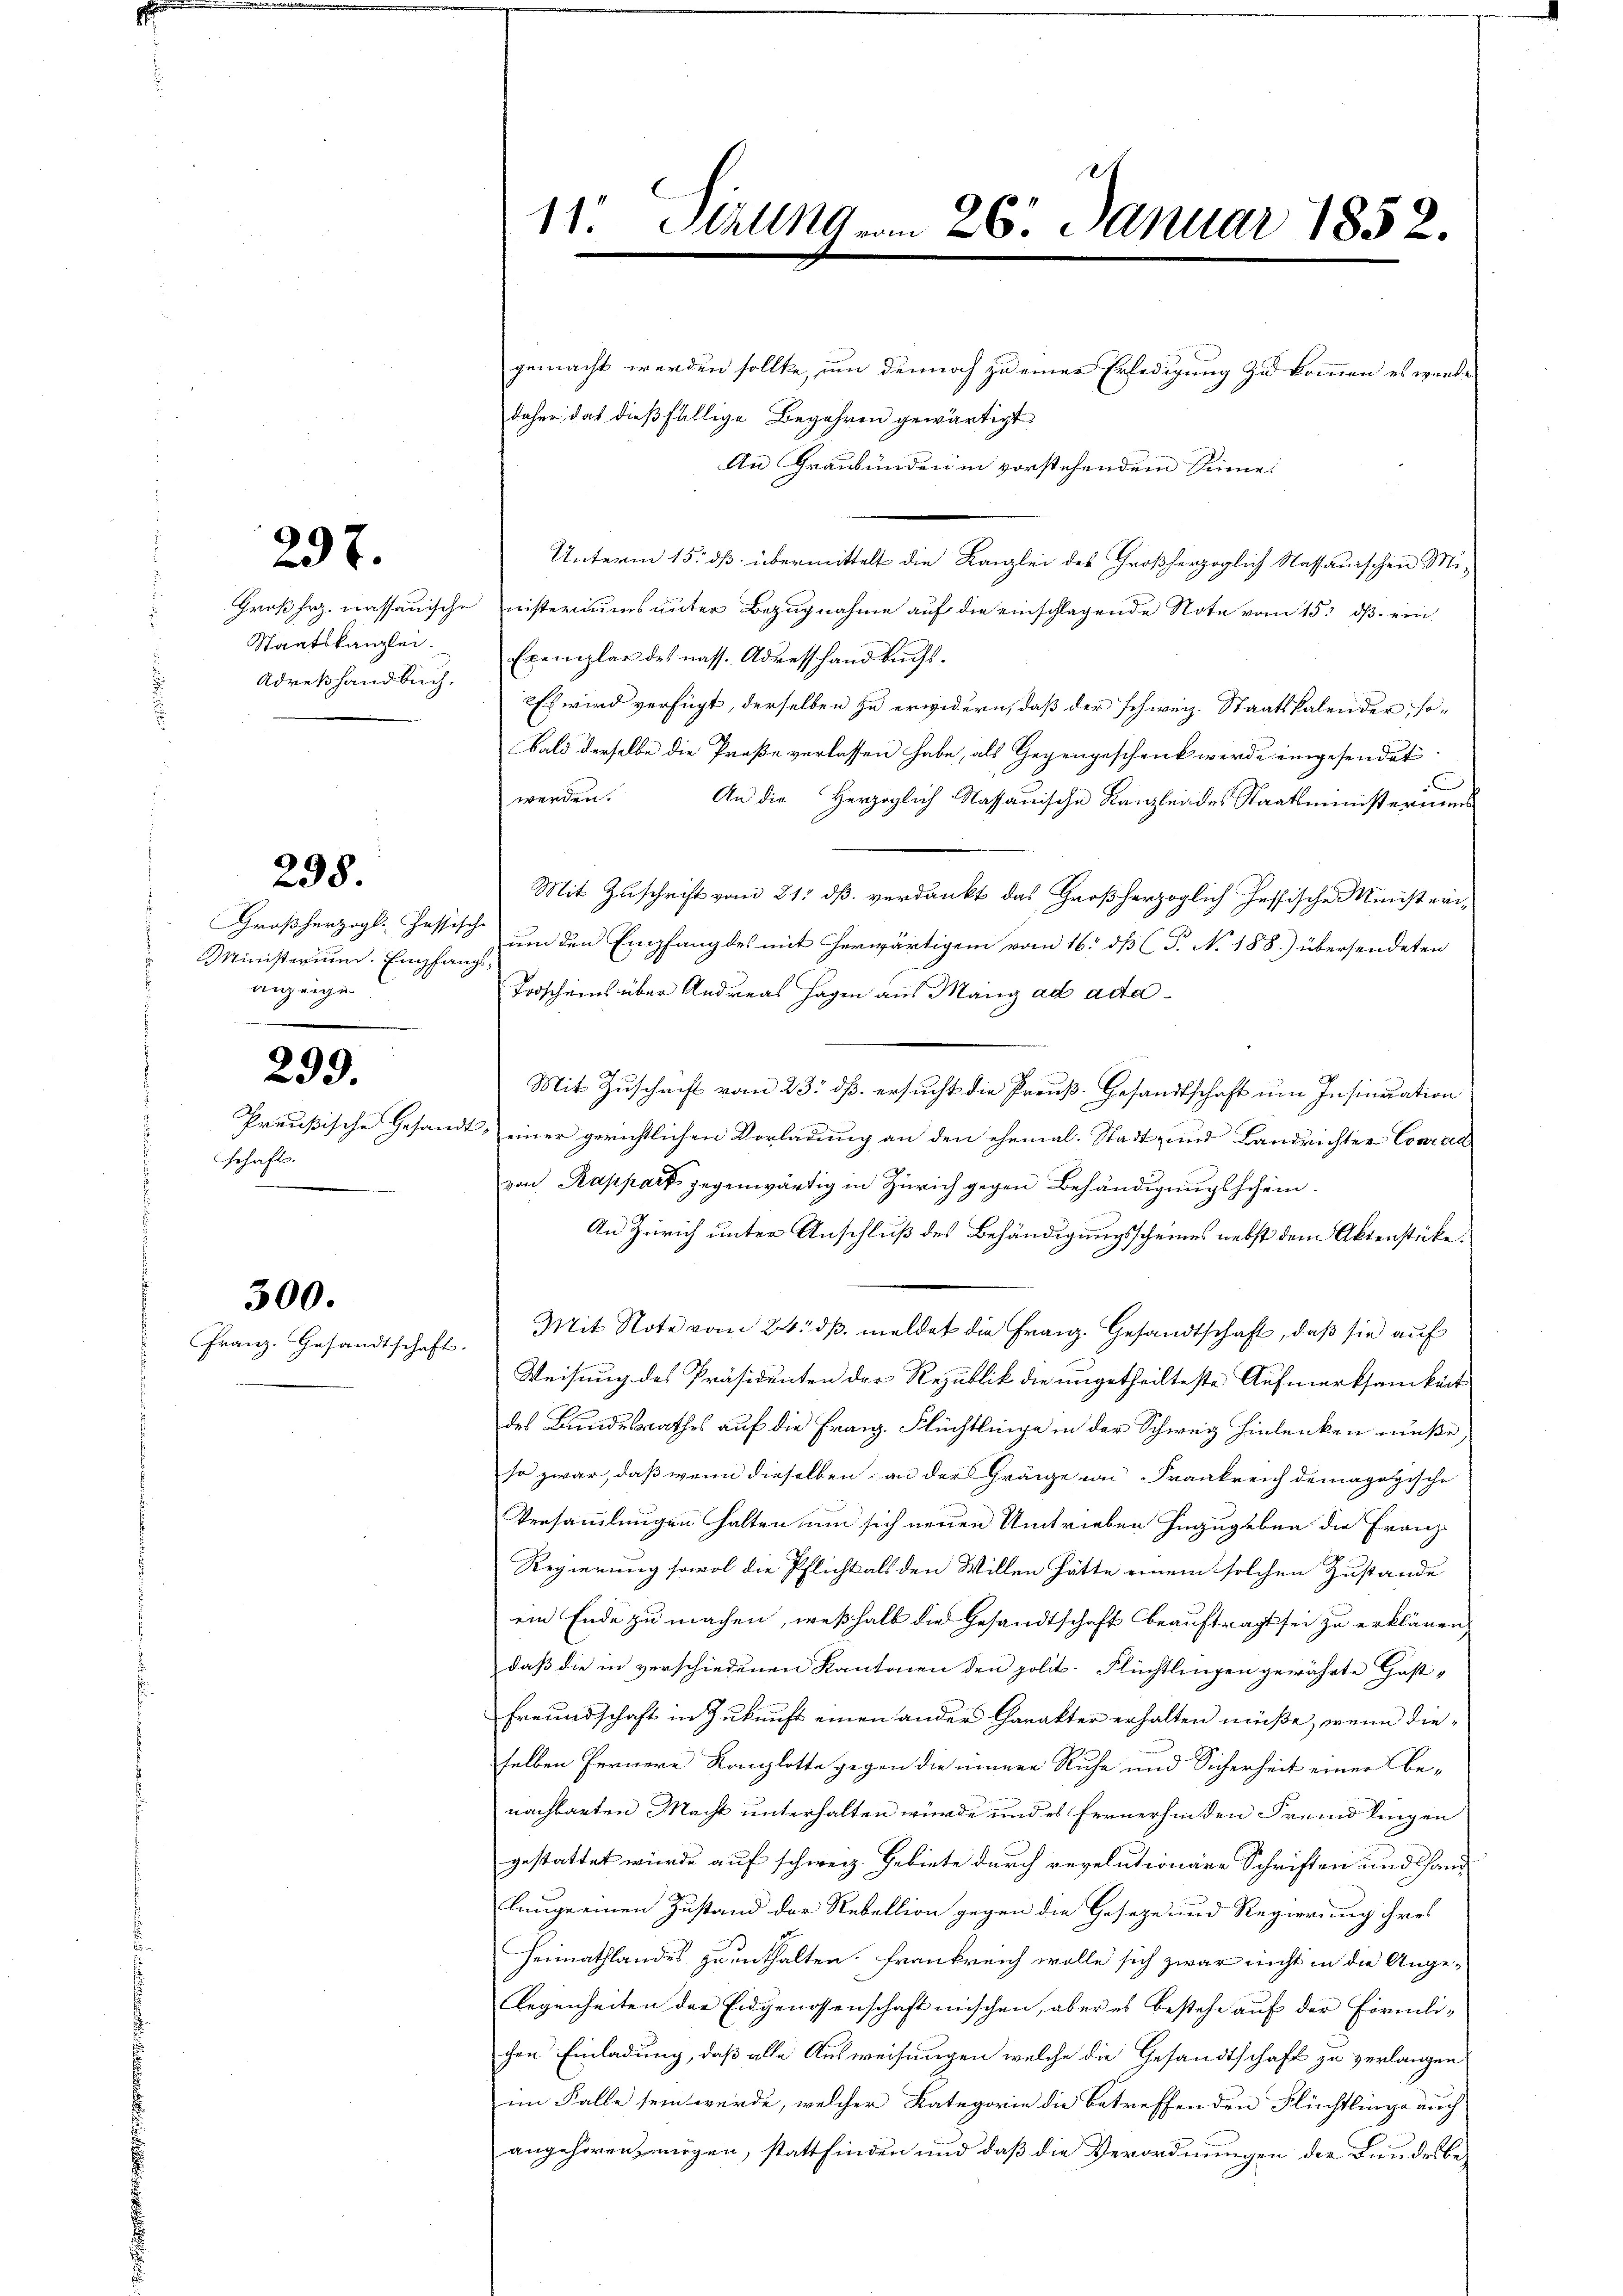
237.

Adrekhandbuch,

238.

Großherzogl. Hassische
Ministerium. Empfangsanzeigen

299.

schaft.

300.

Franz. Gesandtschaft.

gemacht werden sollte, um dennoch zu einer Erledigung zu kommen es werde
daher das dießfällige Begehren gewärtigt.
An Graubünden in vorstehendem Sinne:
Unterm 15. dß übermittelt die Kanzlei des Großherzoglich Nassauischen Mi¬
Großherz. nassauische nisteriums unter Bezugnahme auf die einschlagende Note vom 15. ds. ein
Staatskanzlei Exemplar des nass. Adresshand bŭchs.
Es wird verfügt, derselben zu erwidern, daß der schweiz. Staatskalender, sobald derselbe die Proße verlassen habe, als Gegengeschenk werde eingesendet.
C
werden. An die Herzoglich-Nassauische Kanzlei des Staatsministeriums
Mit Zuschrift vom 21. dß verdankt das Großherzoglich Jessische Ministerium den Empfang des mit herwärtigen vom 16. dß (T. No 188.) übersendeten
Torscheins über Andreas Hagen aus Mang ad acta¬
Mit Zuschrift vom 23. dß. ersucht die Preuß. Gesandtschaft um Insinuation
Preußische Gesandt, einer gerichtlichen Vorladung an den ehemal-Stadt- und Landrichter Conrad
von Rappart gegenwärtig in Zürich gegen Behändigungsschein.
An Zürich unter Anschluß des Behändigungsscheines nebst dem Aktenstücke.
Mit Note vom 24. dβ. meldet die Franz. Gesandtschaft, daß sie auf
Weisung des Präsidenten der Republik die ungetheilteste Aufmerksamkeit
des Bundesrathes auf die Franz. Flüchtlinge in der Schweiz hinlenken müße,
so zwar, daß wenn dieselben an der Gränze von Frankreich demagogische
Versammlungen halten um sich neuen Umtrieben hinzugeben die Franz-
Regierung sowol die Pflicht als den Willen hätte einem solchen Zustande
ein Ende zu machen, weßhalb die Gesandtschaft beauftragt sei zu erklären,
daß die in verschiedenen Kantonen den polit. Flüchtlingen gewährte Gast-
Freundschaft in Zukunft einen ander Charakter erhalten müße, wenn die-
selben fernere Kanzlotte gegen die innere Ruhe und Sicherheit einer Be-
nachbarten Macht unterhalten würde und es fernerhinden Fremdlingen
gestattet wurde auf schweiz. Gebiete durch revelutionare Schriften und handlauge einen Zustand der Rebellion gegen die Geseze und Regierung ihres
Heimathlandes zu enthalten. Frankreich wolle sich zwar nicht in die Ange-
Gegenheiten der Eidgenossenschaft mischen, aber es bestehe auf der Förmli-
chen Einladung, daß alle Ausweisungen welche die Gesandtschaft zu verlangen
im Falle sein werde, welcher Kategorie die Betreffen den Flüchtlinge auch
angehören, mögen, stattfinden und daß die Verordnungen der Bundesbe-

11. Sizung vom 26. Januar 1852.